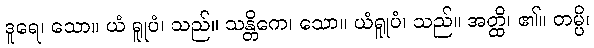
ဒူရေ၊ သော။ ယံ ရူုပံ၊ သည်။ သန္တိကေ၊ သော။ ယံရူုပံ၊ သည်။ အတ္ထိ၊ ၏။ တမ္ပိ၊